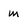
Character: m